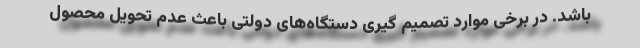
باشد. در برخی موارد تصمیم گیری دستگاه‌های دولتی باعث عدم تحویل محصول